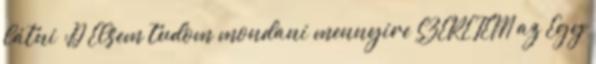
látni :D Elsem tudom mondani mennyire SZERETEM az Egy